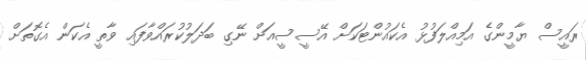
ރައީސް ޔާމީންގެ އަމިއްލަފުޅު އެކައުންޓަކަށް އޭސީސީއަށް ނޭގި ބަދަލުކުރައްވާފައި ވާތީ އެކަން އެގޮތަށް